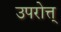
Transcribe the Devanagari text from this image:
उपरोत्त्